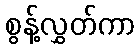
စွန့်လွှတ်ကာ